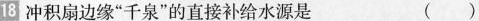
18冲积扇边缘”千泉”的直接补给水源是 ()